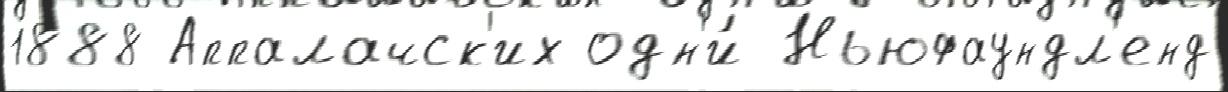
1888 Аппалачск'их одн'и́ Ньюфаундл'енд